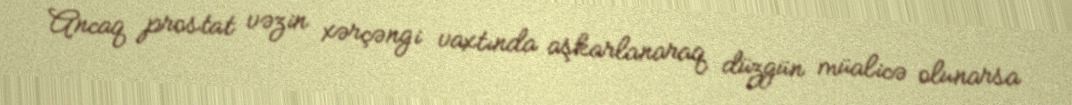
Ancaq prostat vəzin xərçəngi vaxtında aşkarlanaraq düzgün müalicə olunarsa